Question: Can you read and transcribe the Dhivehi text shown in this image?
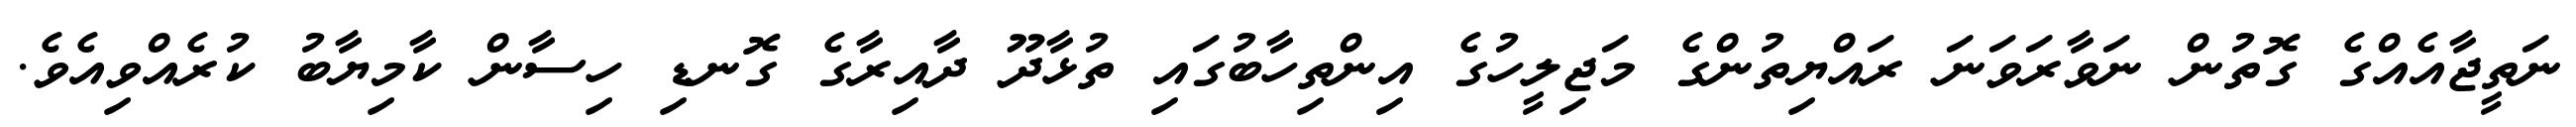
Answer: ނަތީޖާއެއްގެ ގޮތުން ނަވާރަވަނަ ރައްޔިތުންގެ މަޖިލީހުގެ އިންތިހާބުގައި ތުޅާދޫ ދާއިރާގެ ގޮނޑި ހިސާން ކާމިޔާބު ކުރެއްވިއެވެ.